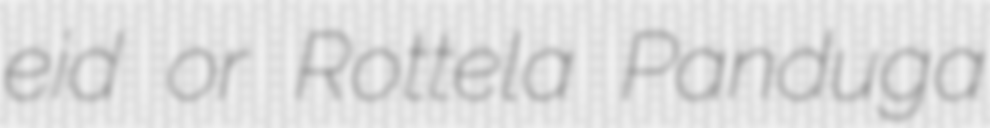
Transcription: eid or Rottela Panduga